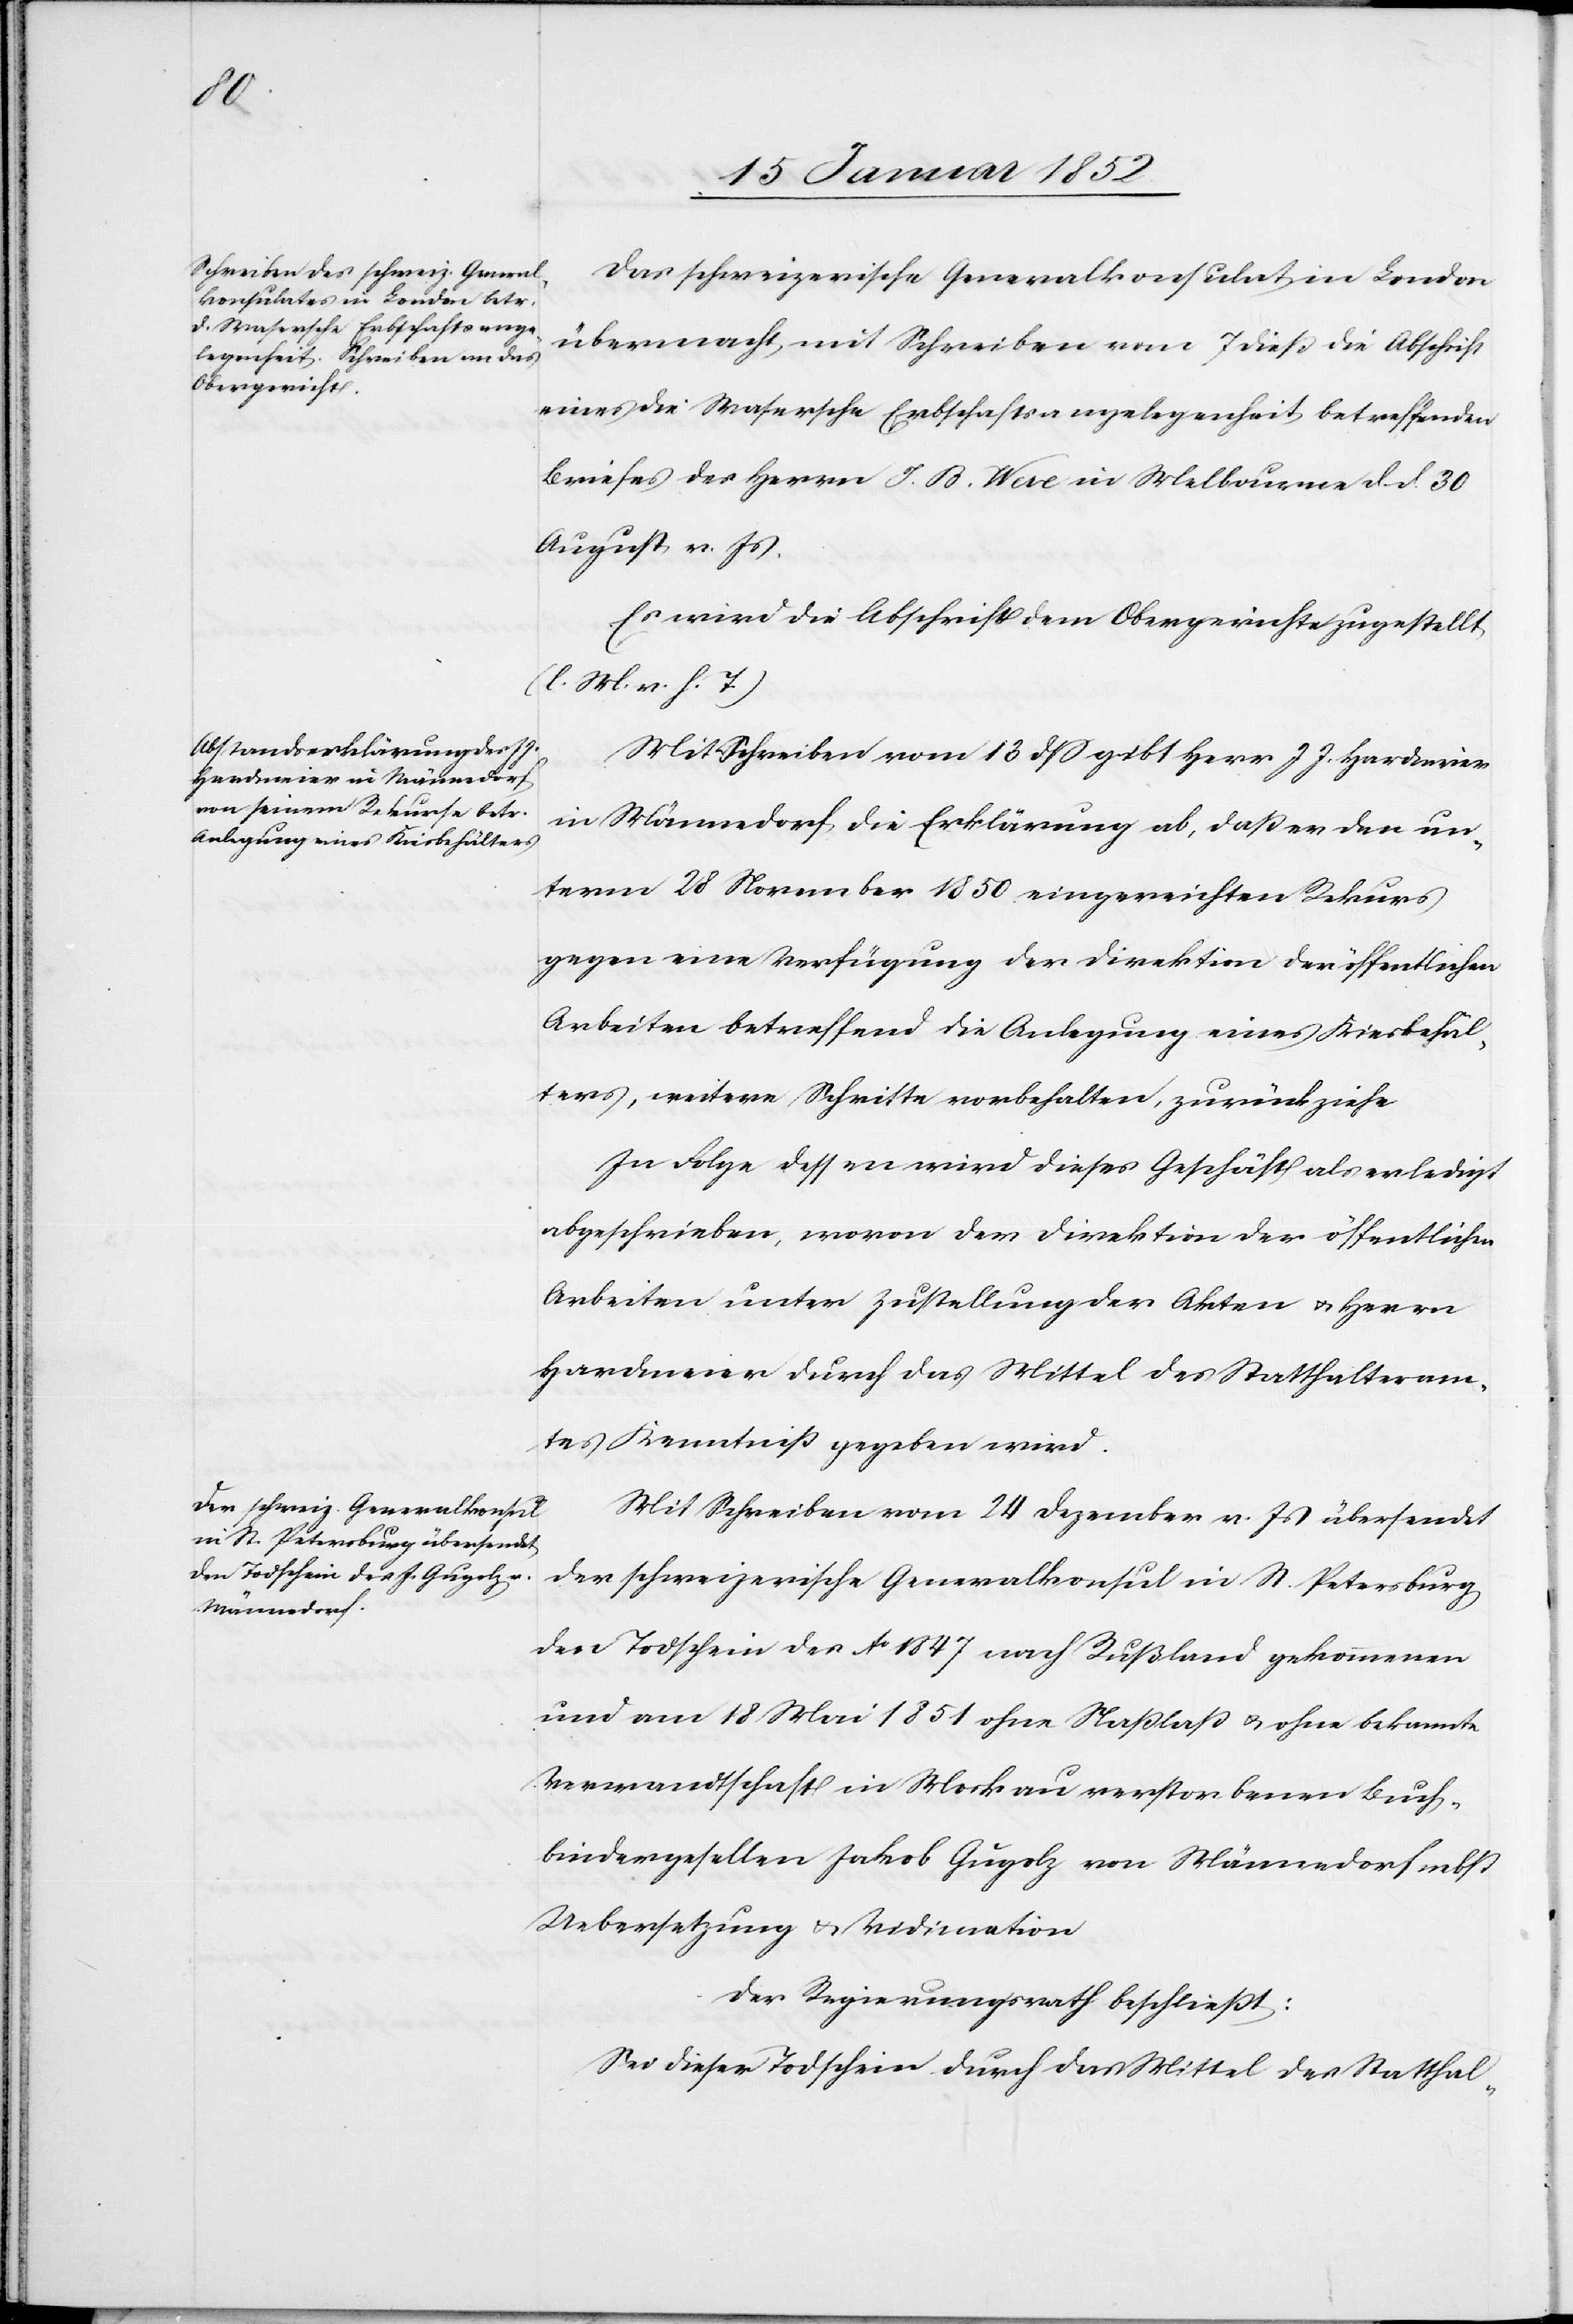
Das schweizerische Generalkonsultat in London
übermacht mit Schreiben vom 7 dieß die Abschrift
eines die Wasersche Erbschaftsangelegenheit betreffenden
Briefes des Herrn J. B. Wese in Melbourne d. d. 30
August v. Js.
Es wird die Abschrift dem Obergerichte zugestellt
(l. M. v. h. T.)[.]
Mit Schreiben vom 13 dß gibt Herr J. J. Hartmeier
in Männedorf die Erklärung ab, daß er den un¬
term 28 November 1850 eingereichten Rekurs
gegen eine Verfügung der Direktion der öffentlichen
Arbeiten betreffend die Anlegung eines Kiesbehäl¬
ters, weitere Schritte vorbehalten, zurückziehe.
In Folge dessen wird dieses Geschäft als erledigt
abgeschrieben, wovon der Direktion der öffentlichen
Arbeiten unter Zustellung der Akten u. Herrn
Hardmeier durch das Mittel des Statthalteram¬
tes Kenntniß gegeben wird.
Mit Schreiben vom 24 Dezember v. Js übersendet
der schweizerische Generalkonsul in St. Petersburg
den Todschein des Ao 1847 nach Rußland gekommenen
und am 18 Mai 1851 ohne Nachlaß u. ohne bekannte
Verwandtschaft in Moskau verstorbenen Buch¬
bindergesellen Jakob Gugolz von Männedorf nebst
Uebersetzung u. Vidication.
Der Regierungsrath beschließt:
Sei dieser Todschein durch das Mittel des Statthal-